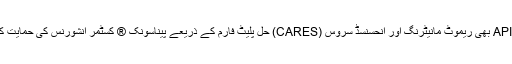
ریموٹ API بھی ریموٹ مانیٹرنگ اور انحسنسڈ سروس (CARES) حل پلیٹ فارم کے ذریعے پیناسونک ® کسٹمر انشورنس کی حمایت کرتا ہے۔